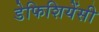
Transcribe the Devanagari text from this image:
डेफिशियेंसी